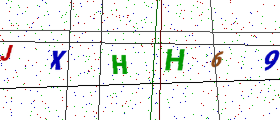
Text: JXHH69